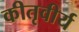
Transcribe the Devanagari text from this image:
कीतृवीर्य